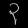
Digit: ၃